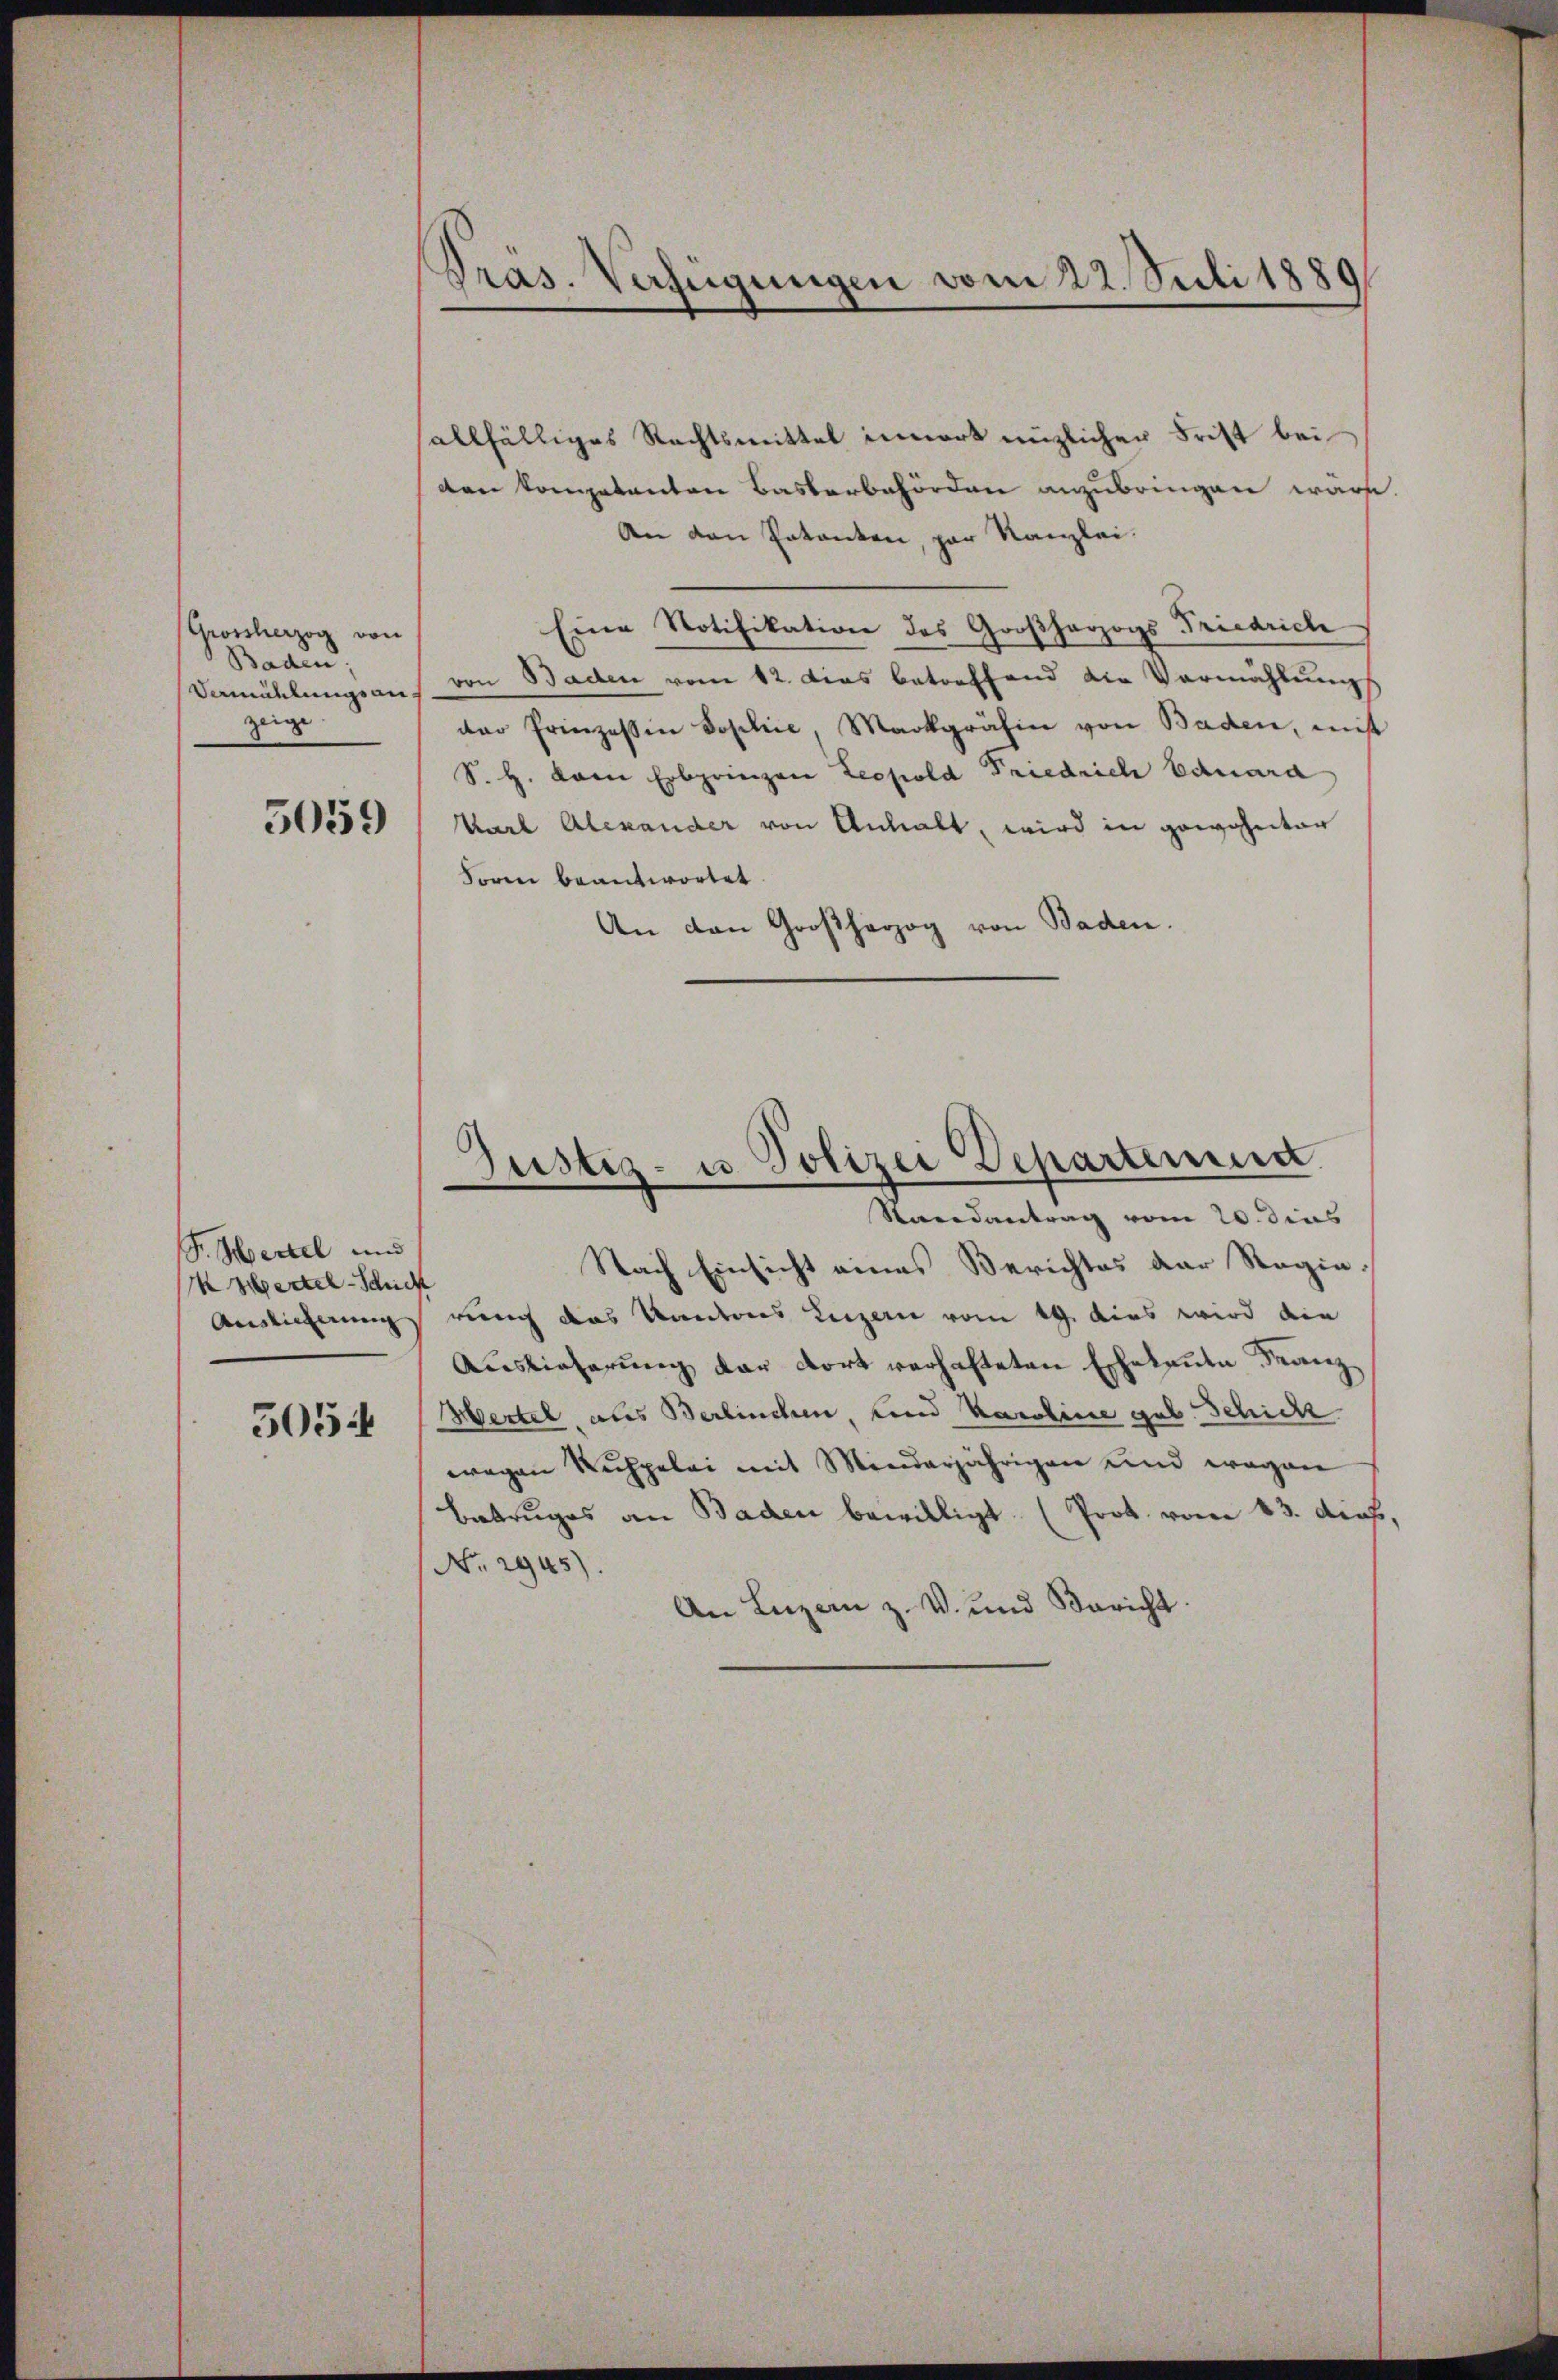
(Grossherzog von
Baden,
zeige

5059

S. Hertel und
Hertel-Schich
Auslieferung

505

Präs. Verfügungen vom 22. Juli 1889

allfälliges Rechtsmittel innert nüzlicher Frist bei
den kompetenten Bastorbehörden anzubringen wäre.
An den Erkanten, par Kanzlei.
Eine Notifikation des Großherzogs Friedrich
Vamühlungsans von Baden vom 12. Dies betreffend die Vermählung
der Prinzessin Sophie, Markgräfin von Baden, mit
S. H. vom Erbprinzen Leopold Friedrich Eduard
Karl Alexander von Anhalt, wird in gewohnter
Foren beantwortet.
An den Großherzog von Baden.

Justiz- u Polizei Departement.
Randantrag vom 20. dies

Nach Einsicht eines Berichtes der Stagint
rung das Kantons Luzern vom 19. dies wird die
Auslieferung der dort verhafteten Eheleute Franz
Hertel, als Berlinchen, und Karoline geb. Schich
wegen Ruchpelei mit Minderjährigen und wegen
Betruges an Baden bewilligt. (Prot. vom 23. dich,
No. 2945).
An Luzern z. V. und Bericht.